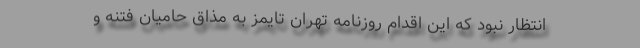
انتظار نبود که این اقدام روزنامه تهران تایمز به مذاق حامیان فتنه و